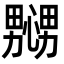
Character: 𢣲